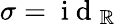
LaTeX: \sigma=\mathrm{~i~d~}_{\mathbb{R}}